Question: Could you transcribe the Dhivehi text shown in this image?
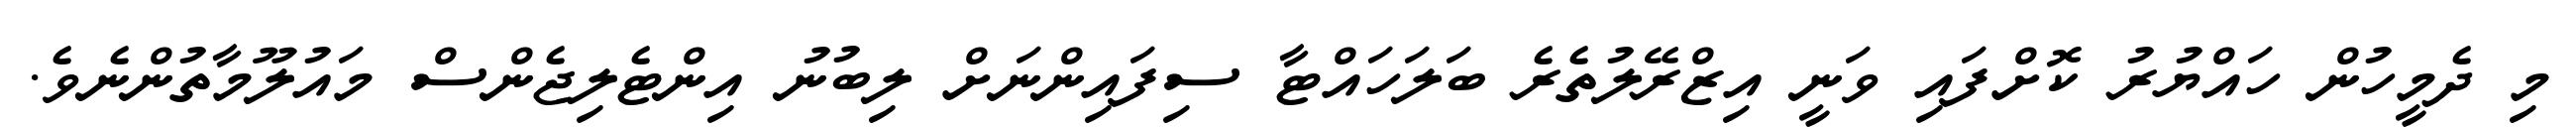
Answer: މި ދެމީހުން ހައްޔުރު ކޮށްފައި ވަނީ އިޒްރޭލުތެރެ ބަލަހައްޓާ ސިފައިންނަށް ލިބުނު އިންޓެލިޖެންސް މައުލޫމާތުންނެވެ.